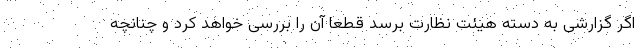
اگر گزارشی به دسته هیئت نظارت برسد قطعا آن را بررسی خواهد کرد و چنانچه